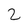
Character: 2